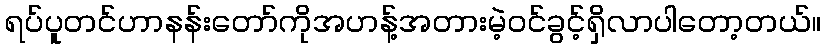
ရပ်ပူတင်ဟာနန်းတော်ကိုအဟန့်အတားမဲ့ဝင်ခွင့်ရှိလာပါတော့တယ်။